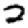
Digit: 2